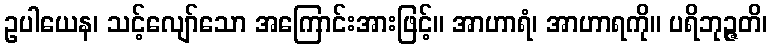
ဥပါယေန၊ သင့်လျော်သော အကြောင်းအားဖြင့်။ အာဟာရံ၊ အာဟာရကို။ ပရိဘုဉ္ဇတိ၊